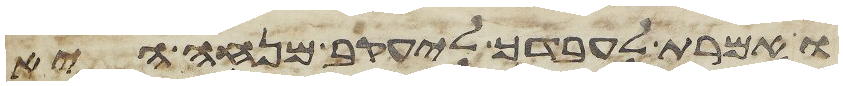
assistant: ואמרת לעבדך ליעקב מנחה היא